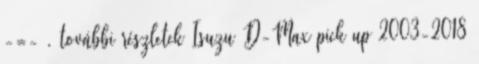
-=- . további részletek Isuzu D-Max pick up 2003-2018